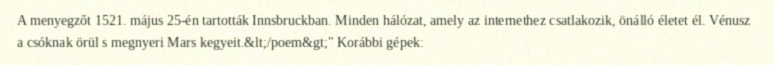
A menyegzőt 1521. május 25-én tartották Innsbruckban. Minden hálózat, amely az internethez csatlakozik, önálló életet él. Vénusz a csóknak örül s megnyeri Mars kegyeit.&lt;/poem&gt;" Korábbi gépek: